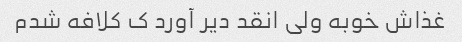
غذاش خوبه ولی انقد دیر آورد ک کلافه شدم